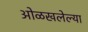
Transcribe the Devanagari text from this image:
ओळखलेल्या